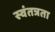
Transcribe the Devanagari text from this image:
स्‍वंतत्रता